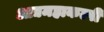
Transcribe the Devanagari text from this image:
आद्यमहाकल्पी